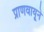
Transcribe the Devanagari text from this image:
प्राणवायूने